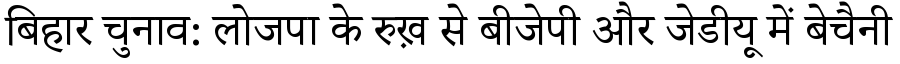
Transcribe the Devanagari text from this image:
बिहार चुनाव: लोजपा के रुख़ से बीजेपी और जेडीयू में बेचैनी